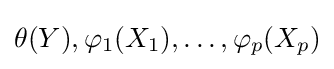
\theta (Y),\varphi _{1}(X_{1}),\dots ,\varphi _{p}(X_{p})